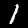
Label: 1